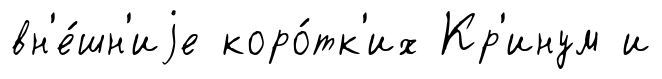
вн'е́шн'иjе коро́тк'их Кр'инум и